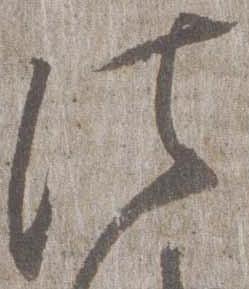
法